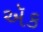
ઍક